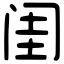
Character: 闺